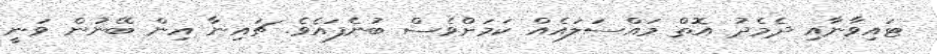
ޓައިވާނާއި ދެމެދު އޮތް މައްސަލައެއް ކަމަށްވެސް ބުނެފައެވެ. ޗައިނާ އިން ބޭނުން ވަނީ